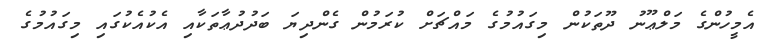
އެމީހުންގެ މަލްޢޫނު ދޫތަކުން މިގައުމުގެ މައްޗަށް ކުރަމުން ގެންދިޔަ ބަދުދުޢާތަކާއި އެކުއެކުގައި މިގައުމުގެ